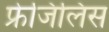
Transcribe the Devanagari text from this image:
फ्रेजिलिस